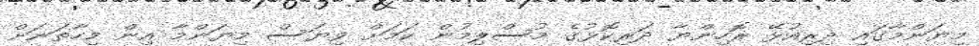
މިޔަންމާގައި ދިރިއުޅޭ ރޮހިންޔާ ދަރިކޮޅުގެ މުސްލިމުން ކަމަށް ވިޔަސް މިޔަންމާ އިން މިހާތަނަށް